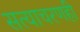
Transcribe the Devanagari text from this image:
सत्याचरणही